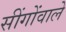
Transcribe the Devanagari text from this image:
सींगोंवाले